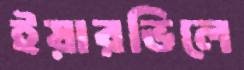
ইয়ারভিলে